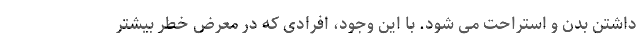
داشتن بدن و استراحت می شود. با این وجود، افرادی که در معرض خطر بیشتر